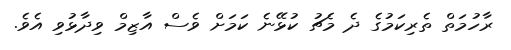
ރާހުމަތް ތެރިކަމުގެ ދެ މެޗު ކުޅޭނެ ކަމަށް ވެސް އާޒިމް ވިދާޅުވި އެވެ.